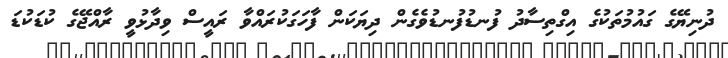
ދުނިޔޭގެ ގައުމުތަކުގެ އިގްތިސާދު ފުނޑުފުނޑުވެގެން ދިޔަކަން ފާހަގަކުރައްވާ ރައީސް ވިދާޅުވީ ރާއްޖޭގެ ކުޑަކުޑަ